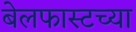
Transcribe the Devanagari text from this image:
बेलफास्टच्या